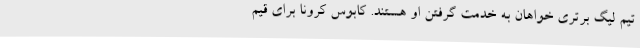
تیم لیگ برتری خواهان به خدمت گرفتن او هستند. کابوس کرونا برای قیم